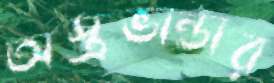
অস্ত্রভান্ডার